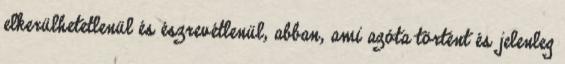
elkerülhetetlenül és észrevétlenül, abban, ami azóta történt és jelenleg